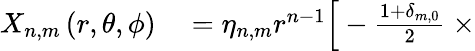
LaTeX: \begin{array}{rl}{X_{n,m}\left(r,\theta,\phi\right)}&{{}=\eta_{n,m}r^{n-1}\Big[-\frac{1+\delta_{m,0}}{2}\ \times}\end{array}